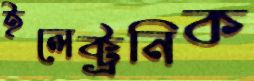
ইলেক্ট্রনিক